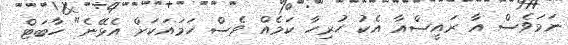
ނަމަވެސް އާ ރައީސްއާ އެކު ހުރިހާ ކަމެއް ވެސް ހަމައަކަށް އެޅޭނެ" ހާބަޓް